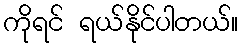
ကိုရင် ရယ်နိုင်ပါတယ်။